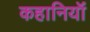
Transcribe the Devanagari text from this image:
कहानियॉं